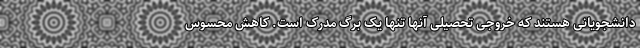
دانشجویانی هستند که خروجی تحصیلی آنها تنها یک برگ مدرک است. کاهش محسوس